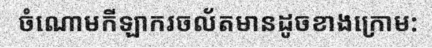
ចំណោមកីឡាករចល័តមានដូចខាងក្រោម: